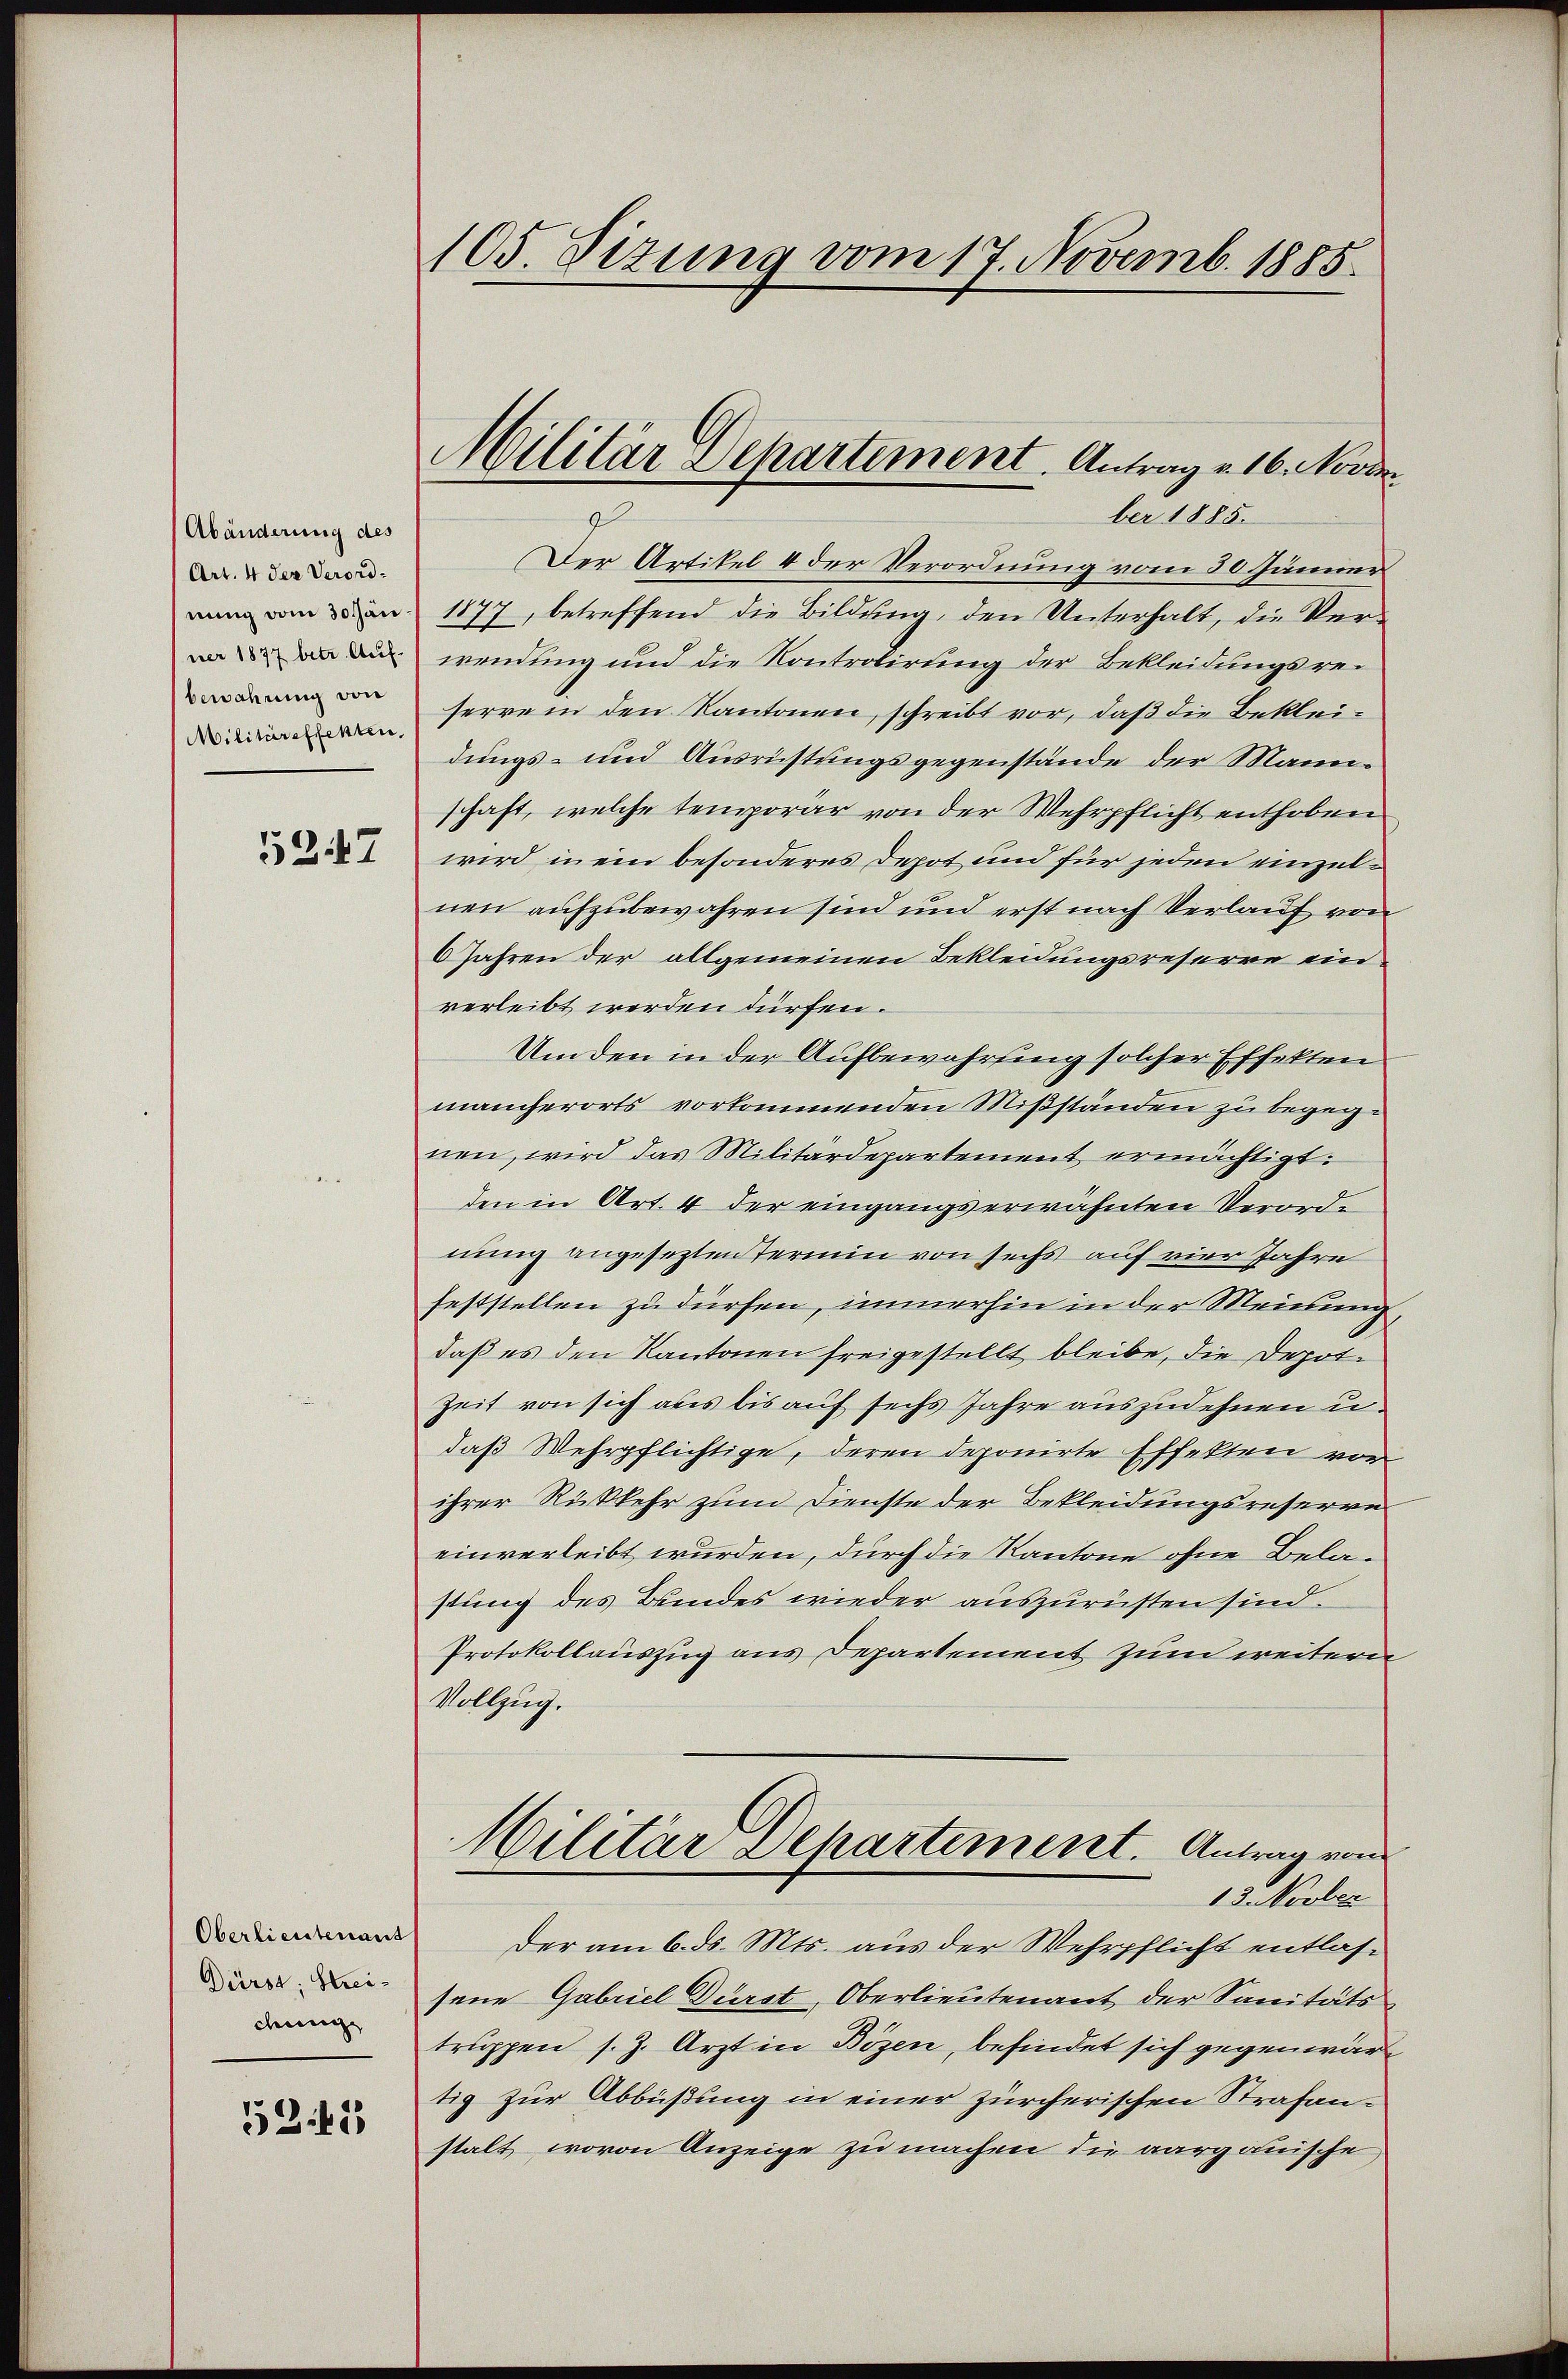
Abänderung des
Art. 4 der Verordnung vom 30 Jän
ner 1877 betr. Auf-
bewahrung von
Militäreffekten,

5247

Oberlieutenant
Dürst: Streicmige

53. 41

105. Sizung vom 17. Novemb. 1885.

Militär Departement. Antrag v. 16. Nove

ber 1885.
Der Artikel 4 der Verordnung vom 30. Jänner
1877, betreffend die Bildung, den Unterhalt, die Verwendung und die Kontrolirung der Bekleidungsreserre in den Kantonen, schreibt vor, daß die Bekleidungs- und Ausrüstungsgegenstände der Mannschaft, welche temporar von der Mehrpflicht enthoben
wird in ein besonderes Depot und für jeden einzelnen aufzubewahren sind und erst nach Verlauf von
6 Jahren der allgemeinen Bekleidungsreserre einverleibt werden dürfen.
Umden in der Aufbewahrung solcher Effekten
mancherorts vorkommenden Mißständen zu begegnen, wird das Militärdepartement ermächtigt.
den in Art. 4 der eingangs erwähnten Verordnung angesezten Termin von sechs auf vier Jahre
feststellen zu dürfen, immerhin in der Meinung,
daß es den Kantonen freigestellt bleibe, die Depot-
Zeit von sich aus bis auf sechs Jahre auszudehnen u
daß Wehrpflichtige, deren deponirte Effekten vor
ihrer Rückkehr zum Dienste der Bekleidungsreserve
einverleibt wurden, durch die Kantone ohne Belastung des Bundes wieder auszurüsten sind.
Protokollauszug aus Departement zum weitern
Vollzug.
Militär Departement. Antrag von
13. Novber
Der am 6. ds. Mts. aus der Wehrpflicht entlassene Gabriel Dürst Oberlieutenant der Sanitäts
truppen s. Z. Arzt in Bözen, befindet sich gegenwärtig zur Abbüßung in einer zürcherischen Strafanstalt, wovon Anzeige zu machen die aargauische